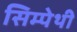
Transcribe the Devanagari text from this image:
सिम्पेथी